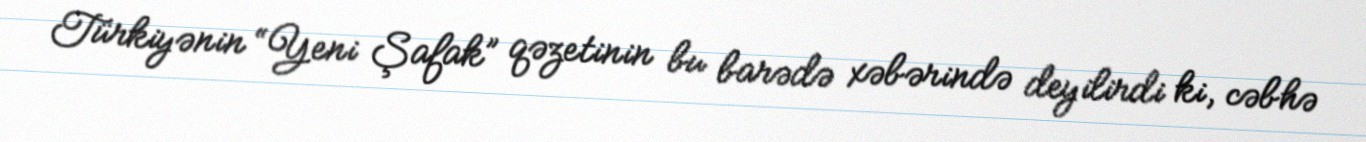
Türkiyənin “Yeni Şafak” qəzetinin bu barədə xəbərində deyilirdi ki, cəbhə